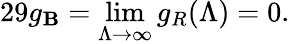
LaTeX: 29g_{\mathbf{B}}=\operatorname*{lim}_{\Lambda\rightarrow\infty}g_{R}(\Lambda)=0.